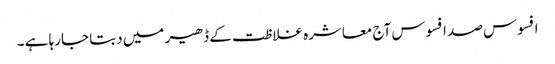
افسوس صد افسوس آج معاشرہ غلاظت کے ڈھیر میں دبتا جارہا ہے ۔